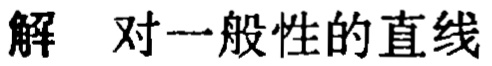
解 对一般性的直线